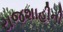
રાજશાહીની